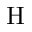
\mathrm { H }